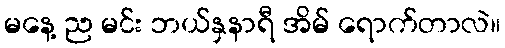
မနေ့ ည မင်း ဘယ်နှနာရီ အိမ် ရောက်တာလဲ။